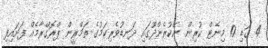
4 ގަޑި 10 މިނެޓް ކުރިން. ނޭކުރެންދޫގައި ދަނޑުވެރިކަމުގެ ތަމްރީން ޕްރޮގްރާމެއް ފަށައިފި